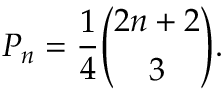
P _ { n } = { \frac { 1 } { 4 } } { \binom { 2 n + 2 } { 3 } } .